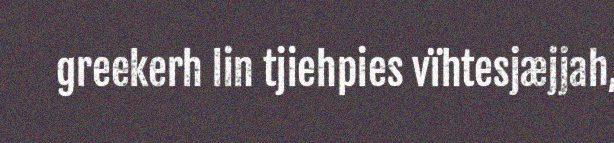
greekerh lin tjiehpies vïhtesjæjjah,